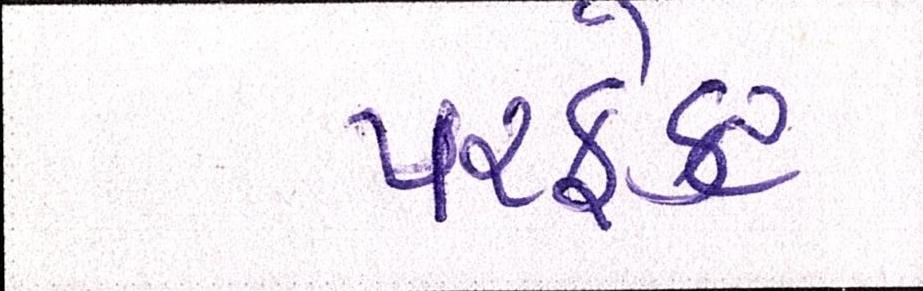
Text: પરફેક્ટ